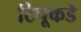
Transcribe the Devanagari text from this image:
टिपूकडे